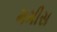
મમીસ